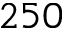
2 5 0